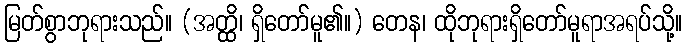
မြတ်စွာဘုရားသည်။ (အတ္ထိ၊ ရှိတော်မူ၏။) တေန၊ ထိုဘုရားရှိတော်မူရာအရပ်သို့။